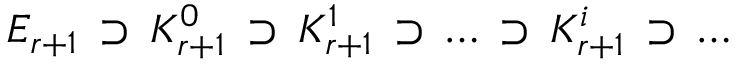
E _ { r + 1 } \, \supset \, K _ { r + 1 } ^ { 0 } \, \supset \, K _ { r + 1 } ^ { 1 } \, \supset \, \dots \, \supset \, K _ { r + 1 } ^ { i } \, \supset \, \dots